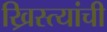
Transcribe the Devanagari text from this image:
ख्रिस्त्यांची